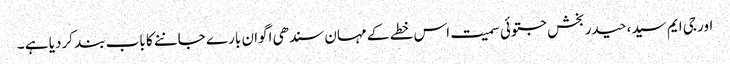
اور جی ایم سید ،حیدر بخش جتوئی سمیت اس خطے کے مہان سندھی اگوان بارے جاننے کا باب بند کردیا ہے ۔